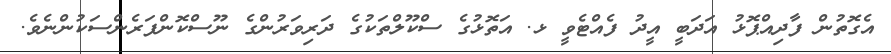
އެގޮތުން ފާދިއްޕޮޅު އަދަބީ އީދު ފެއްޓެވީ ޅ. އަތޮޅުގެ ސްކޫލްތަކުގެ ދަރިވަރުންގެ ނޫސްކޮންފަރެންސަކުންނެވެ.